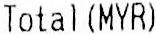
TOTAL(MYR)